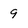
Character: 9